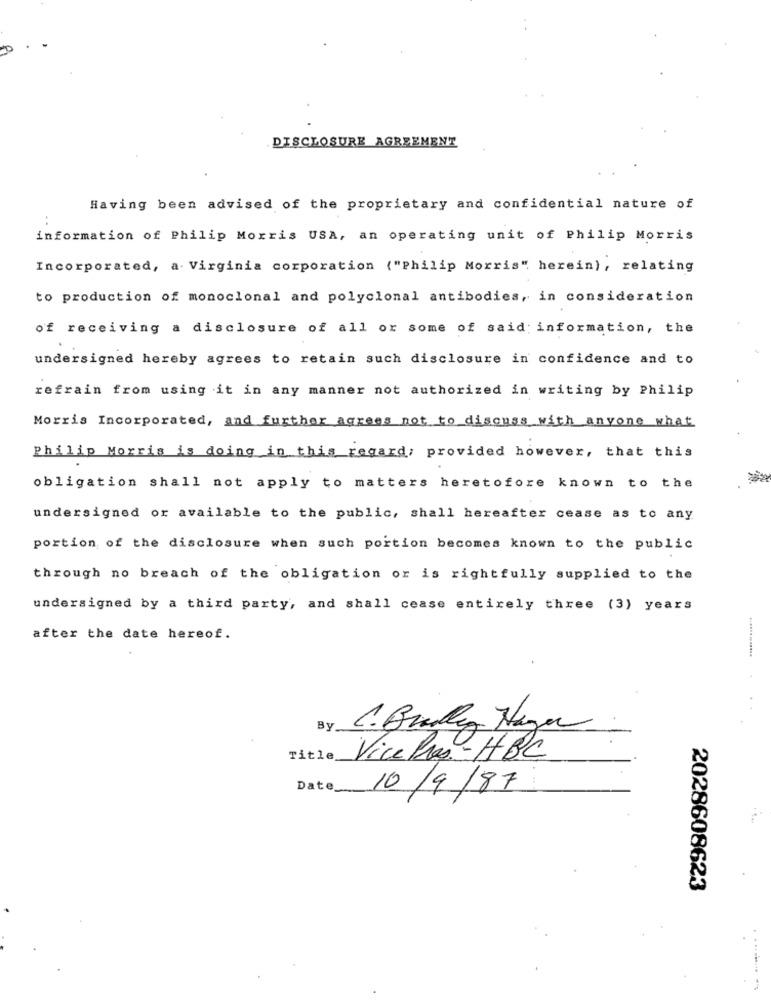
DISCLOSURE AGREEMENT
Having been advised of the proprietary and confidential nature of
information of Philip Morris USA, an operating unit of Philip Morris
Incorporated, a. Virginia corporation ("Philip Morris" herein), relating
to production of monoclonal and polyclonal antibodies, in consideration
of receiving a disclosure of all or some of said: information, the
undersigned hereby agrees to retain such disclosure in confidence and to
refrain from using it in any manner not authorized in writing by Philip
Morris Incorporated, and further agrees not to discuss with anyone what
Philip Morris is doing in this regard; provided however, that this
obligation shall not apply to matters heretofore known to the
undersigned or available to the public, shall hereafter cease as to any
portion of the disclosure when such portion becomes known to the public
through no breach of the obligation or is rightfully supplied to the
undersigned by a third party, and shall cease entirely three (3) years
after the date hereof.
By
C. Bradley Hager
Title
Vice Pres-HBC
Date_
10/9/87
2028608623